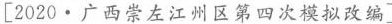
[2020\cdot 广西崇左江州区第四次模拟改编]